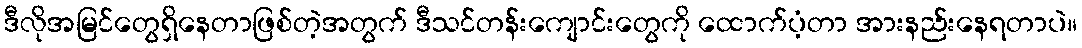
ဒီလိုအမြင်တွေရှိနေတာဖြစ်တဲ့အတွက် ဒီသင်တန်းကျောင်းတွေကို ထောက်ပံ့တာ အားနည်းနေရတာပဲ။